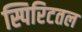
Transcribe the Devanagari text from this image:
स्पिरिटतल